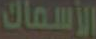
الأسماك